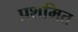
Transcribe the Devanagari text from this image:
प्रशमित